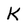
Character: K